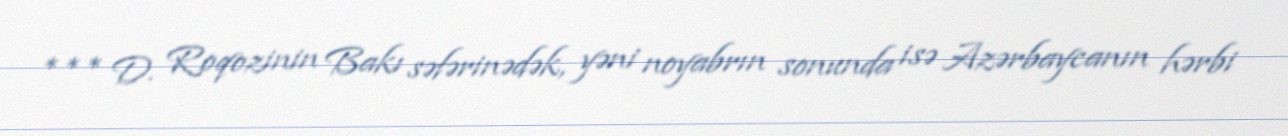
*** D. Roqozinin Bakı səfərinədək, yəni noyabrın sonunda isə Azərbaycanın hərbi